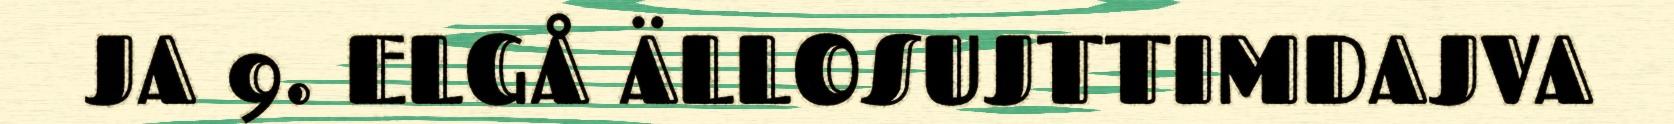
JA 9. ELGÅ ÄLLOSUJTTIMDAJVA